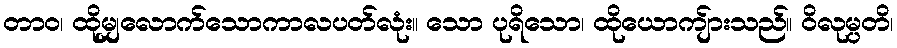
တာဝ၊ ထိုမျှလောက်သောကာလပတ်လုံး။ သော ပုရိသော၊ ထိုယောကျ်ားသည်။ ဝိလုမ္ပတိ၊